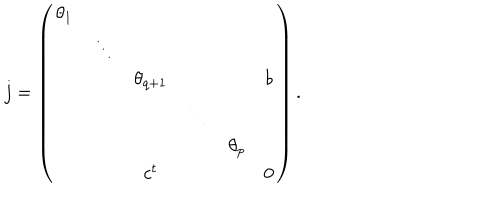
LaTeX: j = \left( \begin{array} { c c c c c c } { { \theta _ { 1 } } } & { { } } & { { } } & { { } } & { { } } & { { } } \\ { { } } & { { \ddots } } & { { } } & { { } } & { { } } & { { } } \\ { { } } & { { } } & { { \theta _ { q + 1 } } } & { { } } & { { } } & { { b } } \\ { { } } & { { } } & { { } } & { { \ddots } } & { { } } & { { } } \\ { { } } & { { } } & { { } } & { { } } & { { \theta _ { p } } } & { { } } \\ { { } } & { { } } & { { c ^ { t } } } & { { } } & { { } } & { { 0 } } \\ \end{array} \right) .